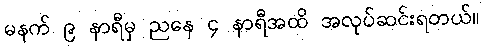
မနက် ၉ နာရီမှ ညနေ ၄ နာရီအထိ အလုပ်ဆင်းရတယ်။